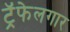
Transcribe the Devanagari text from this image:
ट्रॅफेलगार